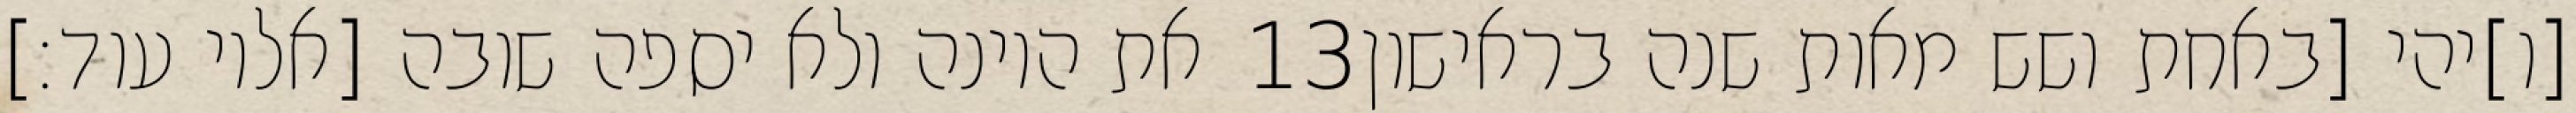
את היונה ולא יספה שובה [אליו עוד׃] ‎13‏ [ו]יהי [באחת ושש מאות שנה בראישון